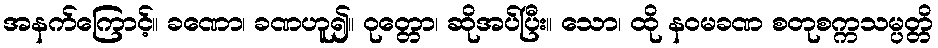
အနက်ကြောင့်။ ခဏော၊ ခဏဟူ၍။ ဝုတ္တော၊ ဆိုအပ်ပြီး။ သော၊ ထို နဝမခဏ စတုစက္ကသမ္ပတ္တိ